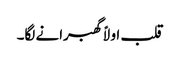
قلب اولاً گھبرانے لگا۔